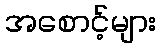
အစောင့်များ